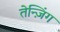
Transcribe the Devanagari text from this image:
तेन्ज़िंग